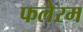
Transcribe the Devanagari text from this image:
फलेरम